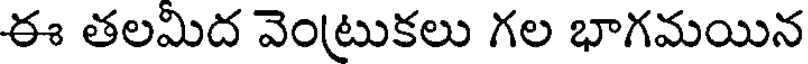
ఈ తలమిద వెంట్రుకలు గల భాగమయిన